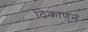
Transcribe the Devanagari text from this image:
ठिकाणुन